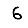
Digit: 6